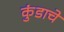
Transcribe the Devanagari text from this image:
कुंडाचे